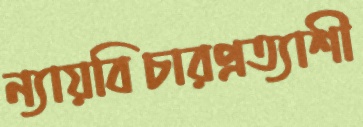
ন্যায়বিচারপ্রত্যাশী